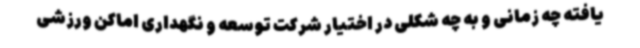
یافته چه زمانی و به چه شکلی در اختیار شرکت توسعه و نگهداری اماکن ورزشی